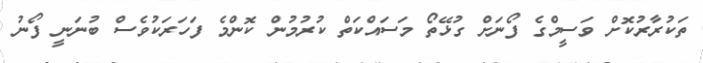
ތަކުރާރުކޮށް ވަސީމްގެ ފޯނަށް ގުޅޭތޯ މަސައްކަތް ކުރުމުން ކޮންމެ ފަހަރަކުވެސް ބުނަނީ ފޯނު